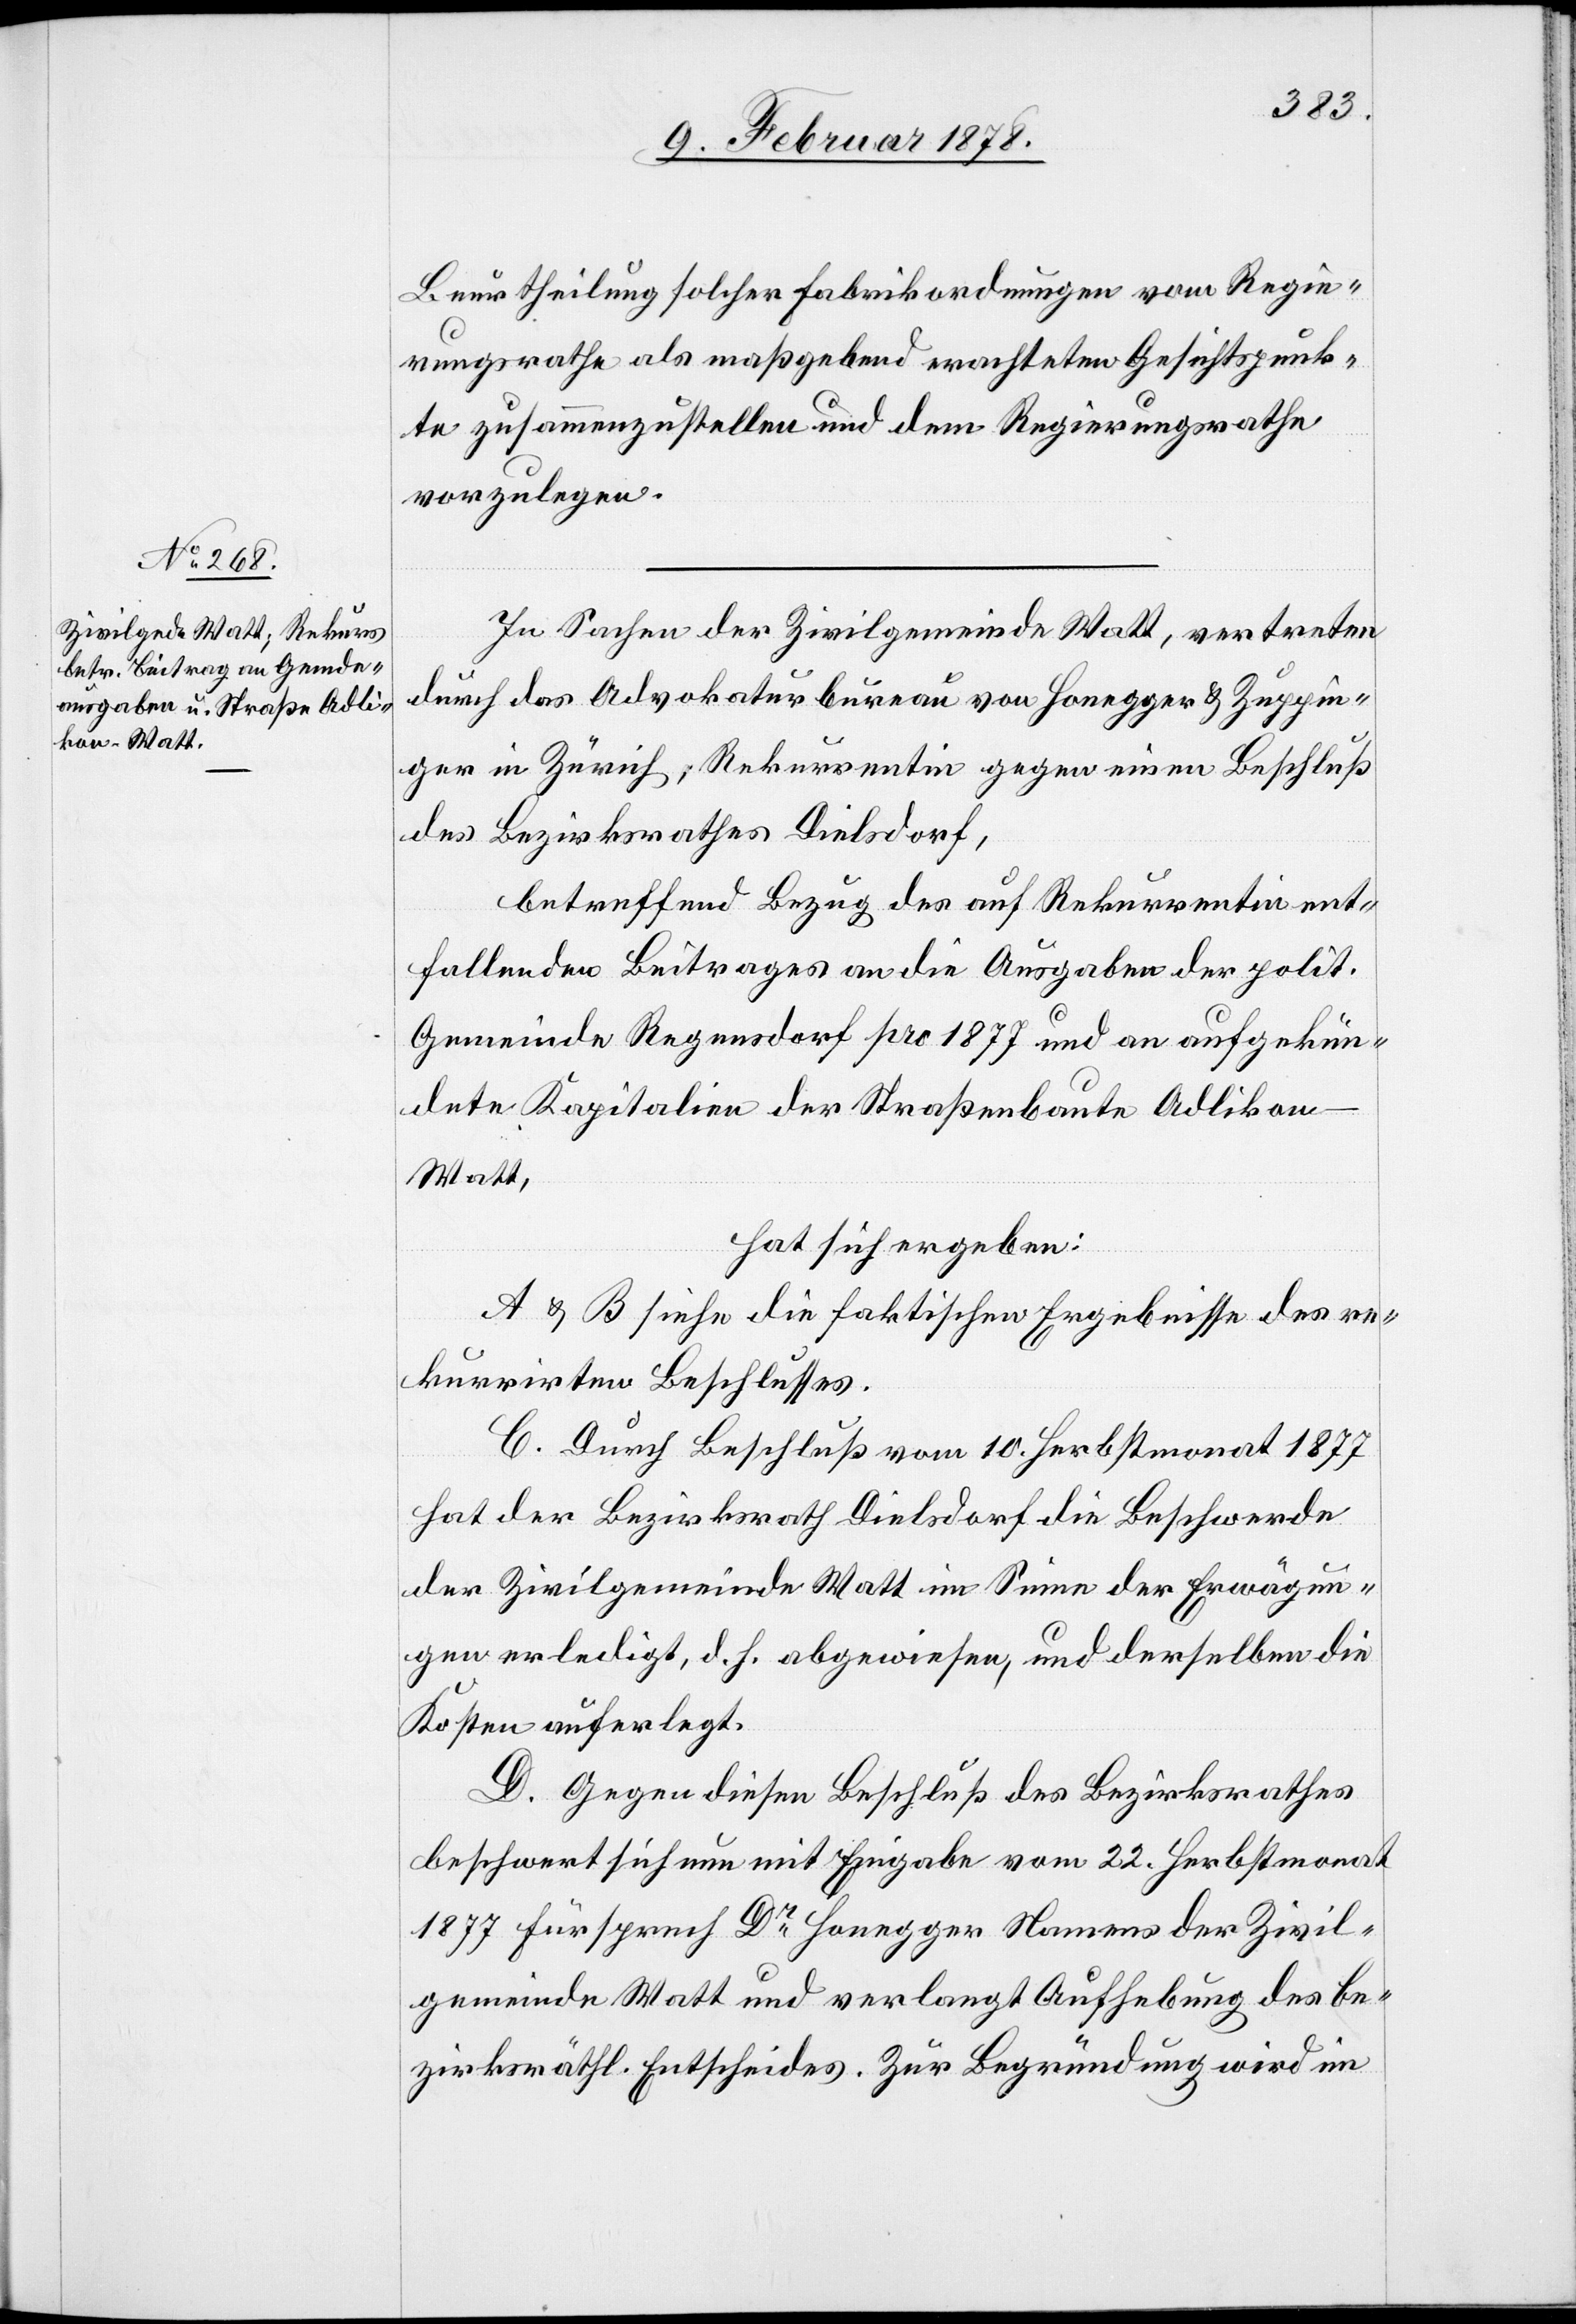
Beurtheilung solcher Fabrikordnungen vom Regie¬
rungsrathe als maßgebend erachteten Gesichtspunk¬
te zusammenzustellen und dem Regierungsrathe
vorzulegen.
In Sachen der Zivilgemeinde Watt, vertreten
durch das Advokaturbureau von Honegger & Zuppin¬
ger in Zürich; Rekurrentin gegen einen Beschluß
des Bezirksrathes Dielsdorf,
betreffend Bezug des auf Rekurrentin ent¬
fallenden Beitrages an die Ausgaben der polit.
Gemeinde Regensdorf pro 1877 und an aufgekün¬
dete Kapitalien der Straßenbaute Adliko¬
n–Watt,
hat sich ergeben:
A & B siehe die faktischen Ergebnisse des re¬
kurrirten Beschlusses.
C. Durch Beschluß vom 10. Herbstmonat 1877
hat der Bezirksrath Dielsdorf die Beschwerde
der Zivilgemeinde Watt im Sinne der Erwägun¬
gen erledigt, d. h. abgewiesen, und derselben die
Kosten auferlegt.
D. Gegen diesen Beschluß des Bezirksrathes
beschwert sich nun mit Eingabe vom 22. Herbstmonat
1877 Fürsprech Dr Honegger Namens der Zivil¬
gemeinde Watt und verlangt Aufhebung des be¬
zirksräthl. Entscheides. Zur Begründung wird im